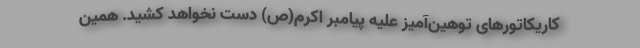
کاریکاتورهای توهین‌آمیز علیه پیامبر اکرم(ص) دست نخواهد کشید. همین